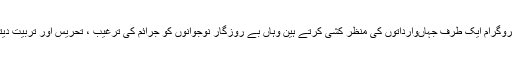
ایسے پروگرام ایک طرف جہاںوارداتوں کی منظر کشی کرتے ہین وہاں بے روزگار نوجوانوں کو جرائم کی ترغیب ، تحریس اور تربیت دیتے ہیں۔